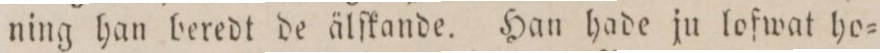
ning han beredt de älſkande. Han hade ju lofwat ho=